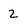
Character: 2